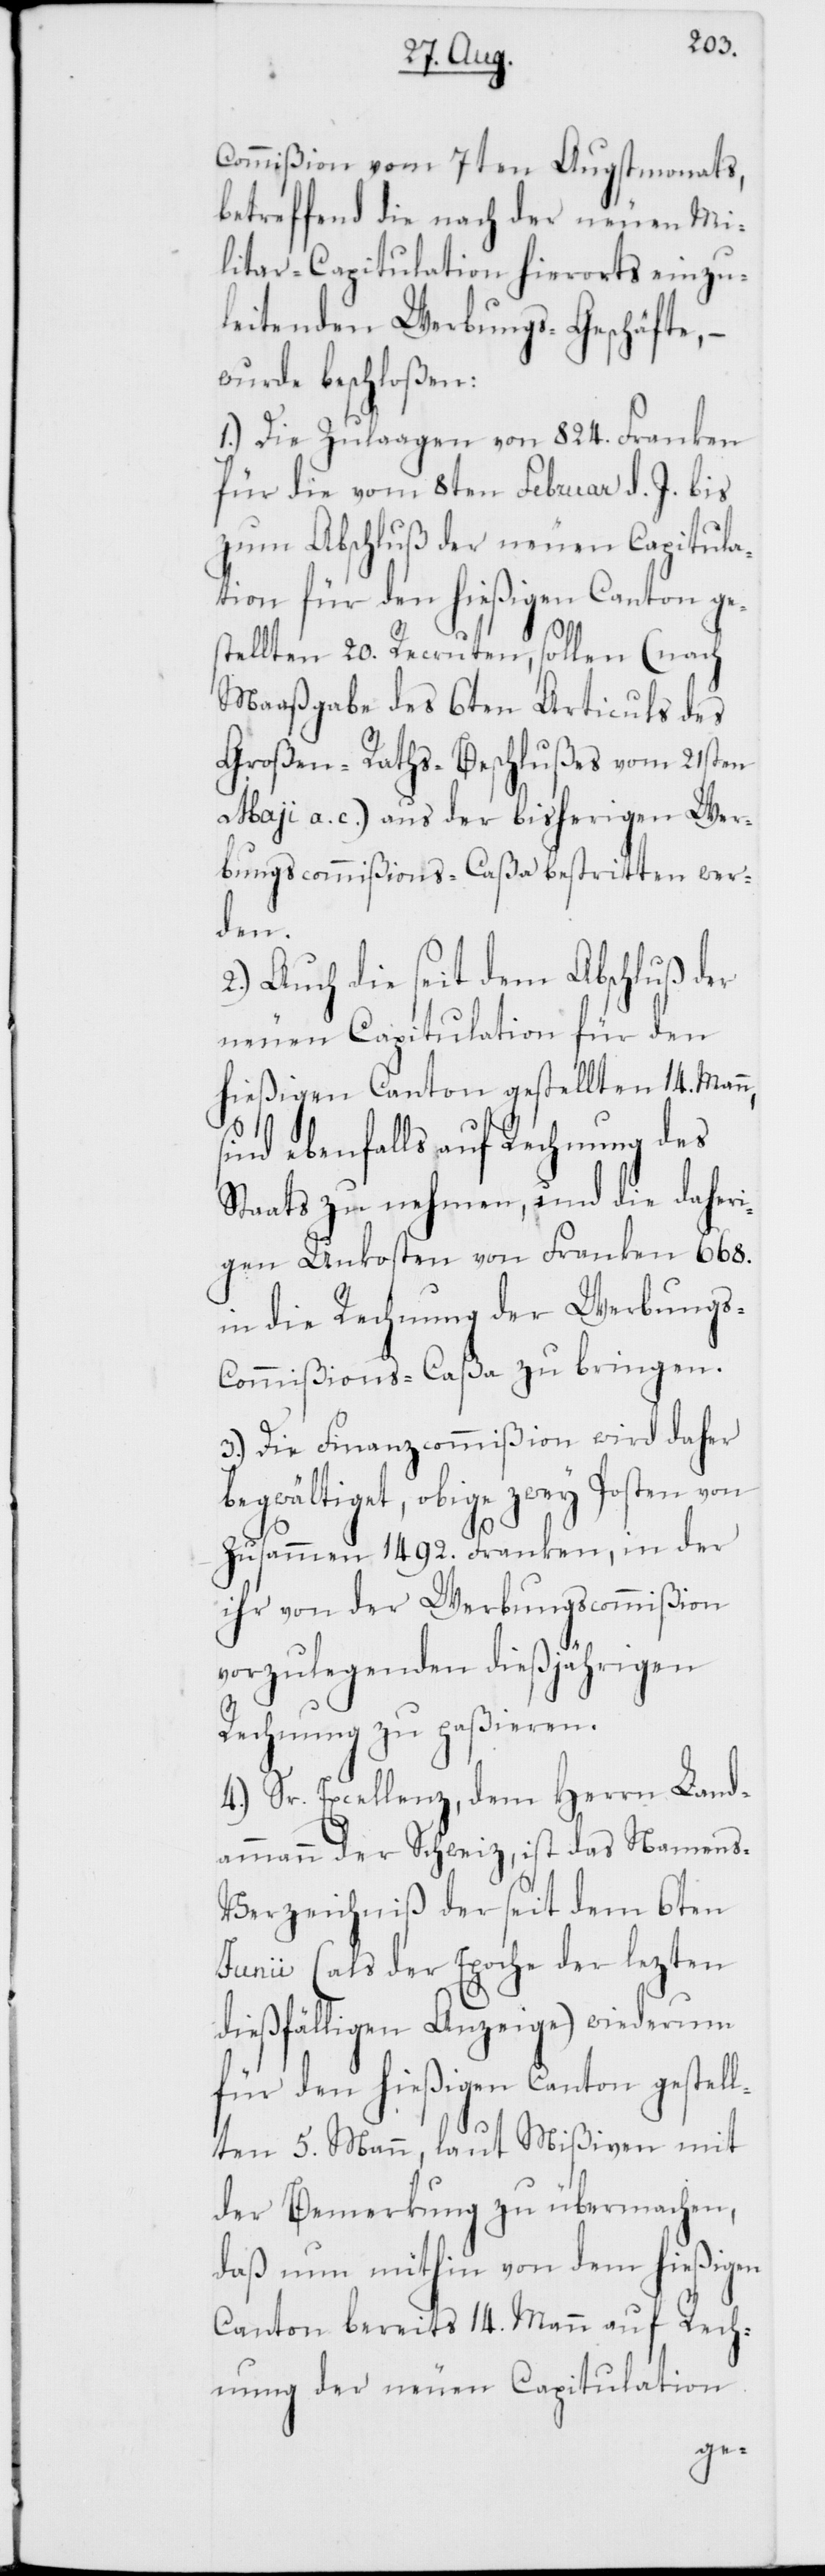
Commißion vom 7ten Augstmonats,
betreffend die nach der neuen Mi¬
litaircapitulation hierorts einzu¬
leitenden Werbungs-Geschäfte,
wurde beschloßen:
1.) Die Zulagen von 824. Franken
für die vom 8ten Februar d. J. bis
zum Abschluß der neuen Capitula¬
tion für den hießigen Canton ges¬
tellten 20. Recruten, sollen (nach
Maaßgabe des 6ten Articuls des
Großen-Raths-Beschlußes vom 21sten
May a. c.) aus der bisherigen Wer¬
bungscommißions-Caßa bestritten wer¬
den.
2.) Auch die seit dem Abschluß der
neuen Capitulation für den
hießigen Canton gestellten 14. Mann,
sind ebenfalls auf Rechnung des
Staats zu nehmen, und die daheri¬
gen Unkosten von Franken 668.
in die Rechnung der Werbungs-C¬
ommißions-Caßa zu bringen.
3.) Die Finanzcommißion wird daher
begwältiget, obige zwey Posten von
zusammen 1492. Franken, in der
ihr von der Werbungscommißion
vorzulegenden dießjährigen
Rechnung zu paßieren.
4.) Sr. Excellenz, dem Herrn Land¬
ammann der Schweiz, ist das Namens¬
verzeichniß der seit dem 6ten
Junii (als der Epoche der lezten
dießfälligen Anzeige) wiederum
für den hießigen Canton gestell¬
ten 5. Mann, laut Mißiven mit
der Bemerkung zu übermachen,
daß nun mithin von dem hießigen
Canton bereits 14. Mann auf Rech¬
nung der neuen Capitulation